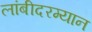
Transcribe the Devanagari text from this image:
लांबीदरम्यान